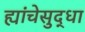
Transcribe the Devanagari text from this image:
ह्यांचेसुद्धा